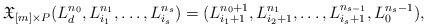
LaTeX: \begin{align*}\mathfrak{X}_{[m]\times P}(L_d^{n_0}, L_{i_1}^{n_1}, \dots, L_{i_s}^{n_s})=(L_{i_1+1}^{n_0+1}, L_{i_2+1}^{n_1}, \dots, L_{i_s+1}^{n_{s-1}}, L_0^{n_s-1}),\end{align*}